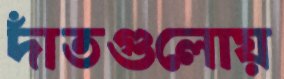
দাঁতগুলোয়